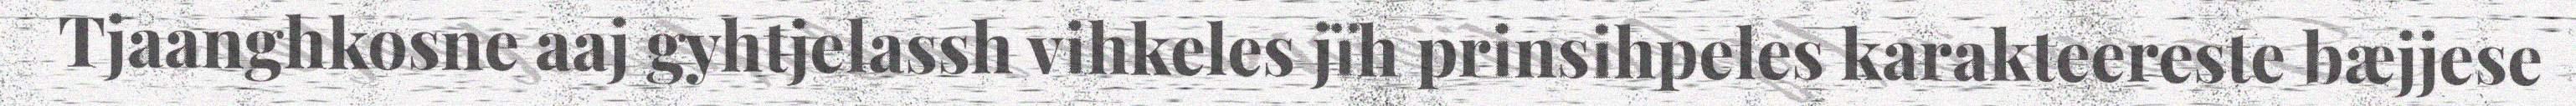
Tjåanghkosne aaj gyhtjelassh vihkeles jïh prinsihpeles karakteereste bæjjese